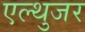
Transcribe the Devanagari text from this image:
एल्थुजर